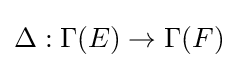
\Delta :\Gamma (E)\to \Gamma (F)